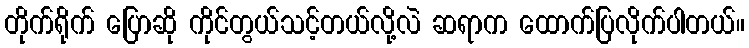
တိုက်ရိုက် ပြောဆို ကိုင်တွယ်သင့်တယ်လို့လဲ ဆရာက ထောက်ပြလိုက်ပါတယ်။